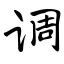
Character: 调